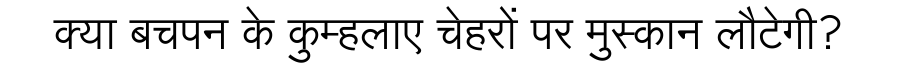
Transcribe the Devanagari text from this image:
क्या बचपन के कुम्हलाए चेहरों पर मुस्कान लौटेगी?